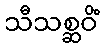
သီသစ္ဆဝိံ